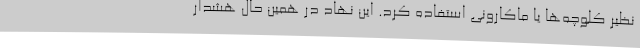
نظیر کلوچه‌ها یا ماکارونی استفاده کرد. این نهاد در همین حال هشدار